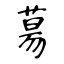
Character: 𦳝